18_6369445_General_1948_Vol_1
Agency: Department of War
Incident date: 6/15/48
Page 23
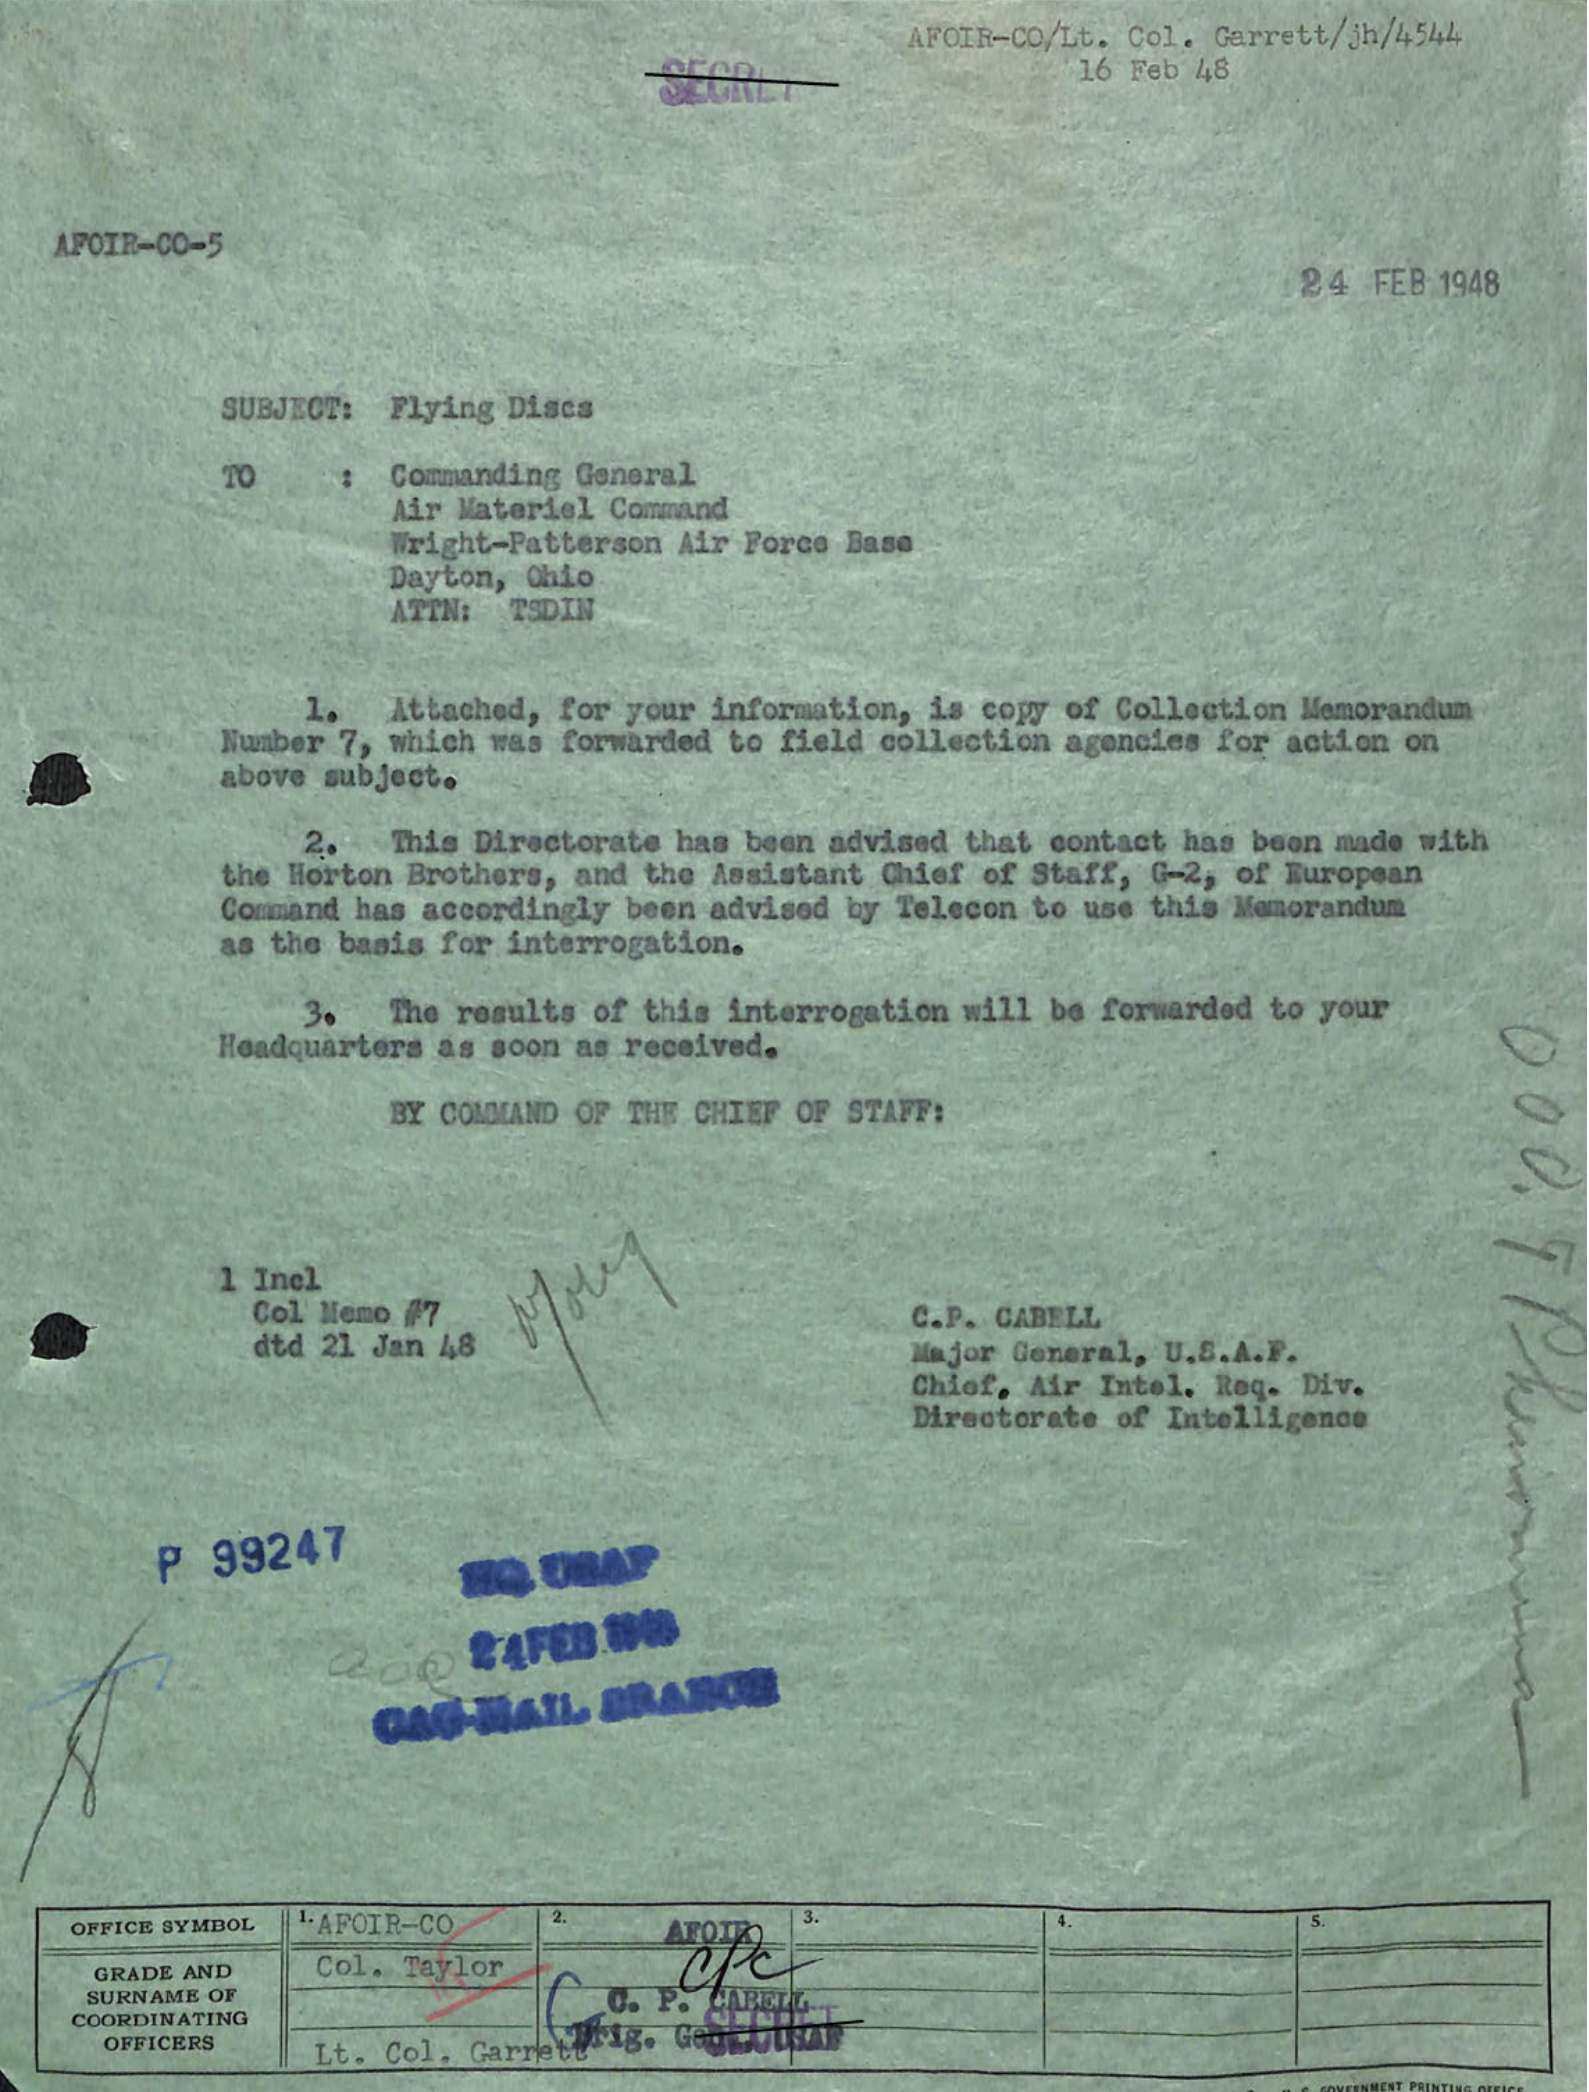